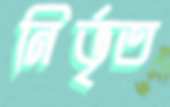
নির্ভৃত